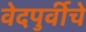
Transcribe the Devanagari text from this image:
वेदपुर्वीचे